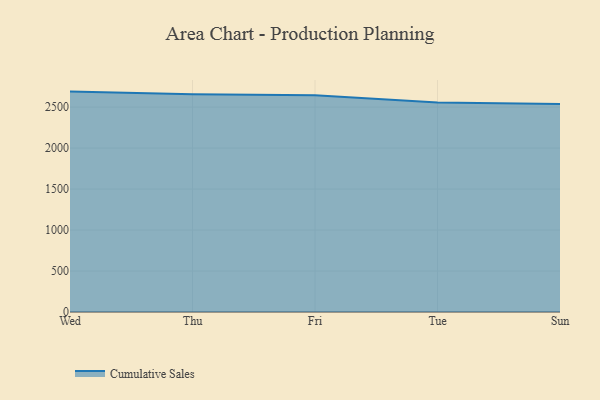
{"axis": {"x": "Day", "y": "Inventory Turnover"}, "legend": ["Cumulative Sales"], "data": [{"x": "Wed", "y": 2689.0, "type": "Cumulative Sales"}, {"x": "Thu", "y": 2656.2, "type": "Cumulative Sales"}, {"x": "Fri", "y": 2643.0, "type": "Cumulative Sales"}, {"x": "Tue", "y": 2556.6, "type": "Cumulative Sales"}, {"x": "Sun", "y": 2538.0, "type": "Cumulative Sales"}]}